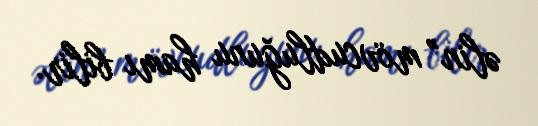
əlin” mövcudluğunu hamı bilir.